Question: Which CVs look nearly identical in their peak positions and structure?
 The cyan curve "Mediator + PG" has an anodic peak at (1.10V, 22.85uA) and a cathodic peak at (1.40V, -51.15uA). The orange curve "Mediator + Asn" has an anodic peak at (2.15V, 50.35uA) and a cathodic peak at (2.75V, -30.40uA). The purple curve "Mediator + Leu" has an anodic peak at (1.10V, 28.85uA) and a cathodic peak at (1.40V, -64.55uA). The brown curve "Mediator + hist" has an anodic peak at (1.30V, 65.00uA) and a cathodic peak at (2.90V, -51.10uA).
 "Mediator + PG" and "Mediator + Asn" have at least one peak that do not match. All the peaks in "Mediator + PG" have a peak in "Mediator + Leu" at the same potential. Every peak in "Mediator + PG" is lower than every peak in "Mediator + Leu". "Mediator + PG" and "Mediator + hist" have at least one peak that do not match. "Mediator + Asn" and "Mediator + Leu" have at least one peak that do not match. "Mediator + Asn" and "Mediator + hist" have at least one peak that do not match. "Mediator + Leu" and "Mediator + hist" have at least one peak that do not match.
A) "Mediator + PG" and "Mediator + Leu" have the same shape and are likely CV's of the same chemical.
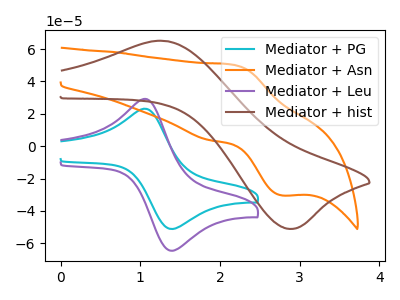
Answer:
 <answer>A) "Mediator + PG" and "Mediator + Leu" have the same shape and are likely CV's of the same chemical.</answer>
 <eval>A</eval>